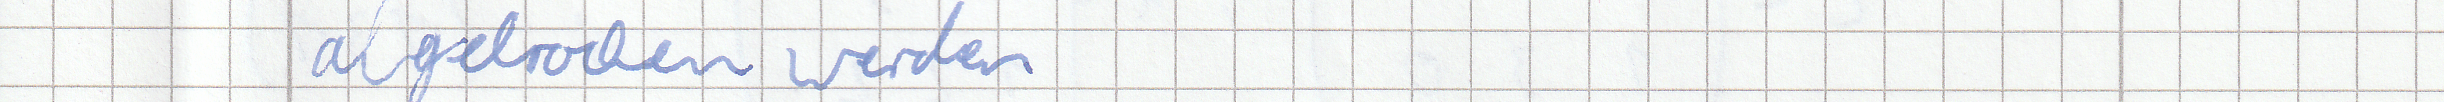
abgebrochen werden